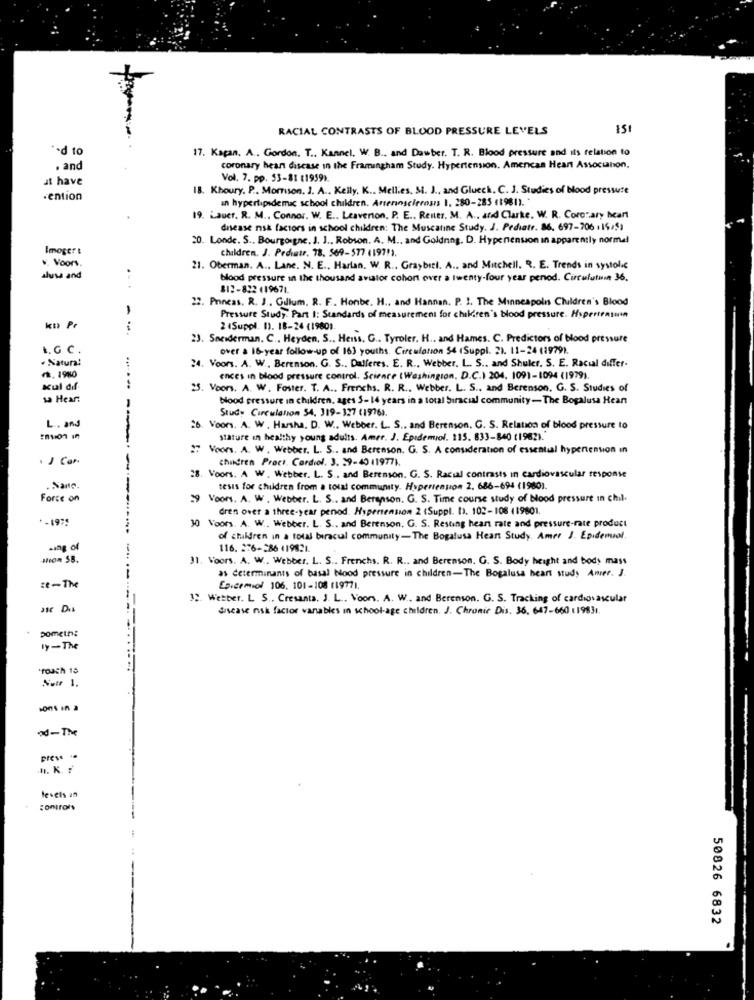
RACIAL CONTRASTS OF BLOOD PRESSURE LEVELS
*+d to
17. Kapan. A. Gordon. T .. Kannel, W. B ., and Dawber. T. R. Blood pressure and its relation to
. and
coronary heart disease in the Framingham Study. Hypertension. American Heart Association.
at have
Vol. 7. pp. 53-81 (1959).
18. Khoury. P ., Morrison. J. A ., Kelly, K ., Mellies, M. J ., and Glueck. C. J. Studies of Blood pressure
.ention
an hypertipsdemic school children. Arteriosclerosis 1. 280-285 (1961)."
19. Lauer. R. M .. Connor. W. E .. Lesverton, P. E ., Renter, M. A ., and Clarke. W. R. Coronary heart
disease nsk factors in school children: The Muscatine Study. J. Pediatr. 86. 697-706 :15:51
20. Londe. S ., Bourgogne. J. J ., Robson. A. M ., and Goldning. D. Hypertension In apparently normal
Imoger :
children. J. Pediatr, 78, 569-577 (1971).
v. Voors
21. Oberman. A .. Lane. N. E ., Harlan. W. R ., Graybiti. A ., and Mitchell. R. E. Trends in systolic
alusa and
blood pressure in the thousand aviator cohort over a twenty-four year penod. Circulutwin 36.
812-822 119671
22. Pancas. R. J. Gillum. R. F. Honbe. H ., and Hannan. P. 1. The Minneapolis Children's Blood
Pressure Study. Part 1: Standards of measurement for children's blood pressure. Huperiasson
:
2 (Suppl. 1). 18-24 (19801.
23. Sneiderman. C ., Heyden, S ., Heiss, G .. Tyroler, H .. and Hames. C. Predictors of blood pressure
L. G C.
over a 16-year follow-up of 163 youths. Circulation 54 (Suppl. 2). 11-24 (1979).
+ Natura!
...
24. Voors. A. W ., Berenson. G. S .. Dalferes. E. R ., Webber. L. S .. and Shuler. S. E. Racial differ.
₼, 1980
ences in blood pressure control. Science (Washington, D.C.) 204. 1091-1094 (1979).
Kul dif
25. Voors. A. W. Foster. T. A .. Frenchs. R. R .. Webber. L. S ., and Berenson. G. S. Studies of
sa Hear:
blood pressure in children, ages 5-14 years in a total biracial community-The Bogalusa Hean
Study Circulation 54. 319-327 (1976).
L. and
26 Voors. A. W. Harsha. D. W ., Webber. L. S ., and Berenson. G. S. Relation of blood pressure to
Tuo ın
stature in healthy young adults. Amer. J. Epidemiol. 115. 833-840 (1962).
2 Voors. A. W. Webber. L. S .. and Berenson. G. S. A consideration of essential hypertension in
. J Can
children Proct. Cardiol. 3. 39-40 11977).
-
28. Voors. A W. Webber. L. S. and Berenson. G. S. Racial contrasts in cardiovascular response
. Sano.
-
tesis for children from a tout community. Hypertension 2. 686-694 (1980).
Force on
29 Voors. A. W . Webber. L. S .. and Berenson. G. S. Time course study of blood pressure in chil-
dren over a three-year penod. Hypertension 2 (Suppl. I. 102-108 (19801.
*- 1975
30 Voors. A. W .. Webber. L. S ., and Berenson, G. S. Resting heart rate and pressure-rate product
of children in a total biracul community-The Bogalusa Heart Study. Amer J. Epidemol.
116. 276-286 419821
Hion SB.
31. Voors. A. W .. Webber. L. S .. Frenchs. R. R .. and Berenson. G. S. Body height and body mass
as determinants of basal Nood pressure in children-The Bogalusa heart study Amer. J.
Epidemiol 106, 101-108 119771.
32. Wetter. L S .. Cresanta. J. L ., Voors. A. W ., and Berenson. G. S. Tracking of cardiovascular
ate Dis
disease nsk factor variables in school-age children. J. Chronic Dis. 36, 647-660 119831.
pomethe
1y-The
Nutr 1.
od-The
levels an
controls
50826 6832